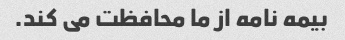
بیمه نامه از ما محافظت می کند.